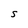
Character: S